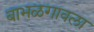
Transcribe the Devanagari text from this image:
बाभळगावला